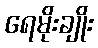
ရေမိုးချိုး